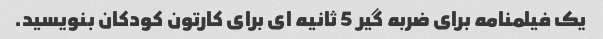
یک فیلمنامه برای ضربه گیر 5 ثانیه ای برای کارتون کودکان بنویسید.